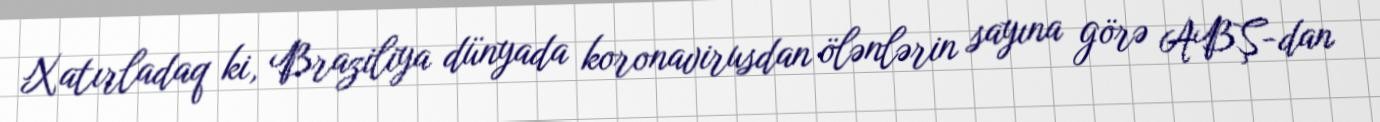
Xatırladaq ki, Braziliya dünyada koronavirusdan ölənlərin sayına görə ABŞ-dan